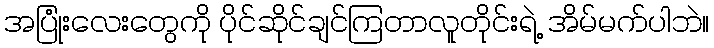
အပြုံးလေးတွေကို ပိုင်ဆိုင်ချင်ကြတာလူတိုင်းရဲ့ အိမ်မက်ပါဘဲ။